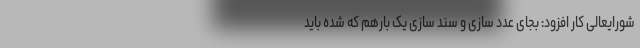
شورایعالی کار افزود: بجای عدد سازی و سند سازی یک بارهم که شده باید